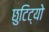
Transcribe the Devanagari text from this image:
छुटिट्यो